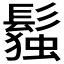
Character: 𬴭